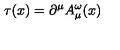
\tau ( x ) = \partial ^ { \mu } A _ { \mu } ^ { \omega } ( x )